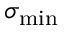
\sigma _ { \mathrm { m i n } }